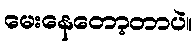
မေးနေတော့တာပဲ။